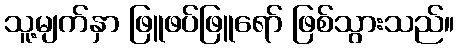
သူ့မျက်နှာ ဖြူဖပ်ဖြူရော် ဖြစ်သွားသည်။